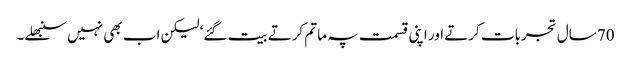
70 سال تجربات کرتے اور اپنی قسمت پہ ماتم کرتے بیت گئے‘ لیکن اب بھی نہیں سنبھلے۔